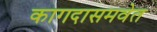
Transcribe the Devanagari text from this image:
कागदासमवेत